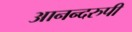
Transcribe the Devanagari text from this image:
आनन्दरुपी